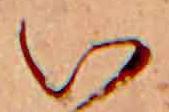
い